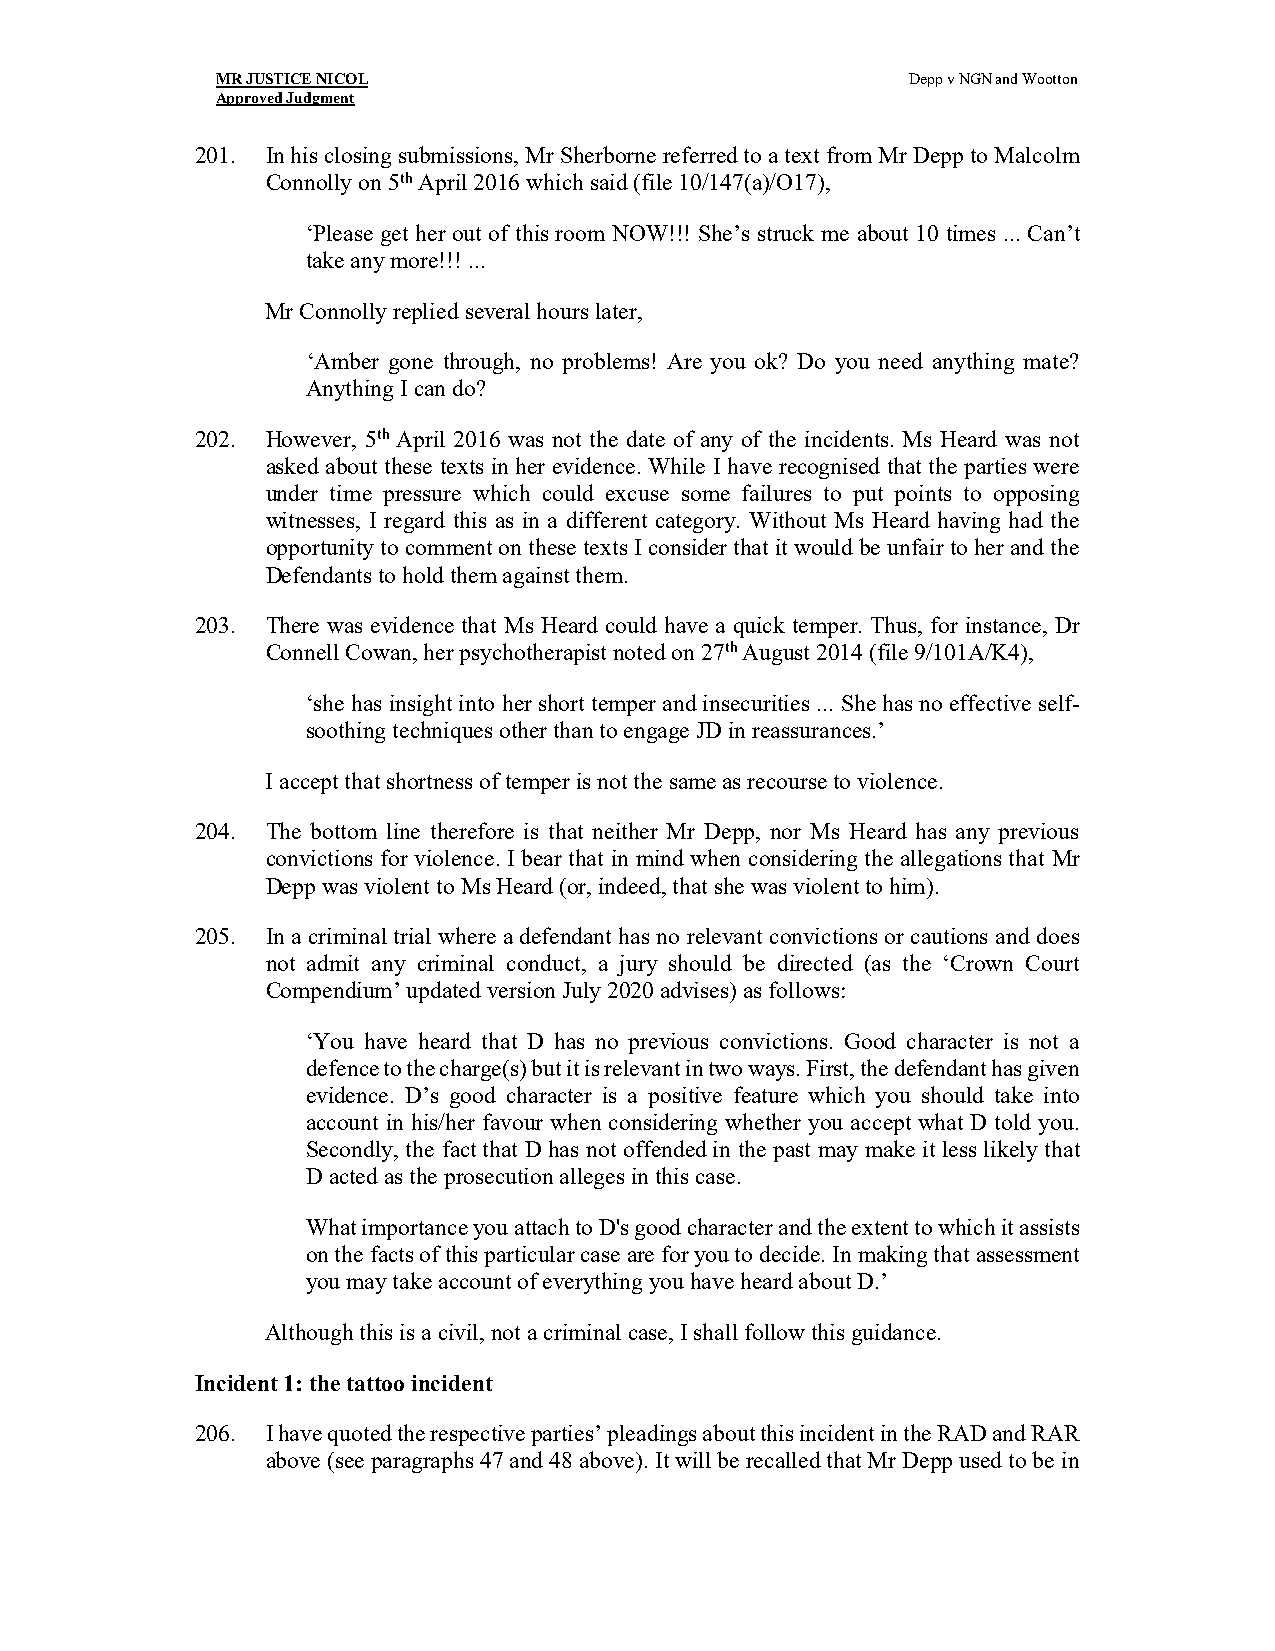
MR JUSTICE NICOL                              Depp v NGN and Wootton
 Approved Judgment
 201. In his closing submissions, Mr Sherborne referred to a text from Mr Depp to Malcolm
 Connolly on 5th April 2016 which said (file 10/147(a)/O17),
 ‘Please get her out of this room NOW!!! She’s struck me about 10 times ... Can’t
 take any more!!! ...
 Mr Connolly replied several hours later,
 ‘Amber gone through, no problems! Are you ok? Do you need anything mate?
 Anything I can do?
 202. However, 5th April 2016 was not the date of any of the incidents. Ms Heard was not
 asked about these texts in her evidence. While I have recognised that the parties were
 under time pressure which could excuse some failures to put points to opposing
 witnesses, I regard this as in a different category. Without Ms Heard having had the
 opportunity to comment on these texts I consider that it would be unfair to her and the
 Defendants to hold them against them.
 203. There was evidence that Ms Heard could have a quick temper. Thus, for instance, Dr
 Connell Cowan, her psychotherapist noted on 27th August 2014 (file 9/101A/K4),
 ‘she has insight into her short temper and insecurities ... She has no effective self-
 soothing techniques other than to engage JD in reassurances.’
 I accept that shortness of temper is not the same as recourse to violence.
 204. The bottom line therefore is that neither Mr Depp, nor Ms Heard has any previous
 convictions for violence. I bear that in mind when considering the allegations that Mr
 Depp was violent to Ms Heard (or, indeed, that she was violent to him).
 205. In a criminal trial where a defendant has no relevant convictions or cautions and does
 not admit any criminal conduct, a jury should be directed (as the ‘Crown Court
 Compendium’ updated version July 2020 advises) as follows:
 ‘You have heard that D has no previous convictions. Good character is not a
 defence to the charge(s) but it is relevant in two ways. First, the defendant has given
 evidence. D’s good character is a positive feature which you should take into
 account in his/her favour when considering whether you accept what D told you.
 Secondly, the fact that D has not offended in the past may make it less likely that
 D acted as the prosecution alleges in this case.
 What importance you attach to D's good character and the extent to which it assists
 on the facts of this particular case are for you to decide. In making that assessment
 you may take account of everything you have heard about D.’
 Although this is a civil, not a criminal case, I shall follow this guidance.
 Incident 1: the tattoo incident
 206. I have quoted the respective parties’ pleadings about this incident in the RAD and RAR
 above (see paragraphs 47 and 48 above). It will be recalled that Mr Depp used to be in